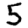
Digit: 5